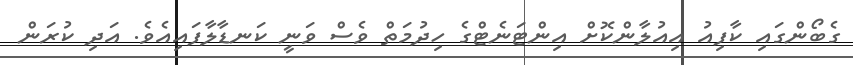
ގެބޯންގައި ކާފިއު އިއުލާންކޮށް އިންޓަނެޓްގެ ހިދުމަތް ވެސް ވަނީ ކަނޑާލާފައިއެވެ. އަދި ކުރަން